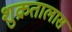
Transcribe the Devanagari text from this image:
शुक्रतालास